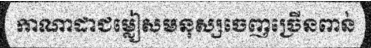
កាណាដាជម្លៀសមនុស្សចេញច្រើនពាន់